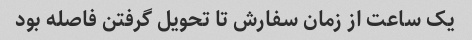
یک ساعت از زمان سفارش تا تحویل گرفتن فاصله بود